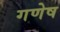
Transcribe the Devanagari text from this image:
गणेष